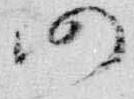
仍